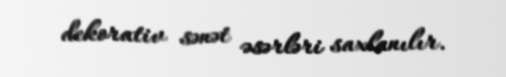
dekorativ sənət əsərləri saxlanılır.